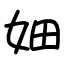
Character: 㚼